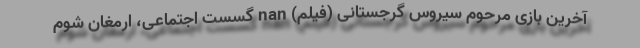
آخرین بازی مرحوم سیروس گرجستانی (فیلم) nan گسست اجتماعی، ارمغان شوم